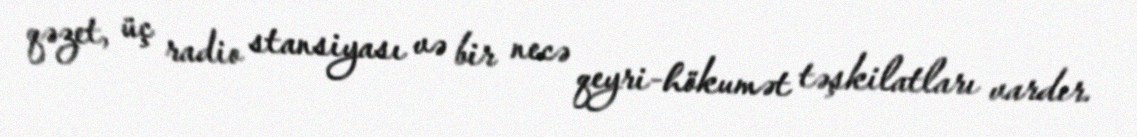
qəzet, üç radio stansiyası və bir necə qeyri-hökumət təşkilatları vardır.